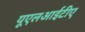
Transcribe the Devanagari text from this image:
यूएलआईटीए